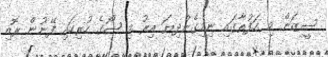
ސީޒަން މި ހަފުތާގައި ނިމިގެންދިޔަ އިރު މި ޝޯގެ ހުރިހައި ފޭނުން ރޮއި